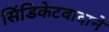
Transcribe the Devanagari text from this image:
सिंडिकेटवादाने